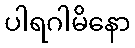
ပါရဂါမိနော